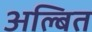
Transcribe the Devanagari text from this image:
अल्बित